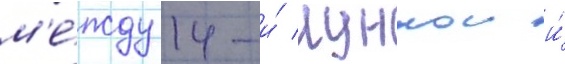
м'е́жду 14-и́ лункои и́